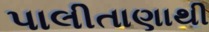
પાલીતાણાથી